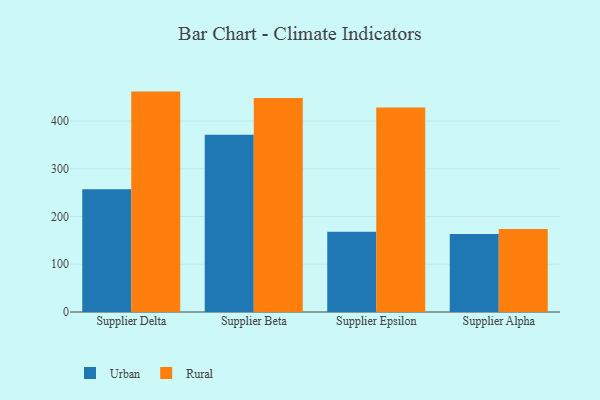
{"axis": {"x": "Supplier", "y": "Temperature (°C)"}, "legend": ["Rural", "Urban"], "data": [{"x": "Supplier Delta", "y": 256.9, "type": "Urban"}, {"x": "Supplier Delta", "y": 461.7, "type": "Rural"}, {"x": "Supplier Beta", "y": 371.4, "type": "Urban"}, {"x": "Supplier Beta", "y": 448.2, "type": "Rural"}, {"x": "Supplier Epsilon", "y": 168.0, "type": "Urban"}, {"x": "Supplier Epsilon", "y": 428.6, "type": "Rural"}, {"x": "Supplier Alpha", "y": 163.2, "type": "Urban"}, {"x": "Supplier Alpha", "y": 173.9, "type": "Rural"}]}